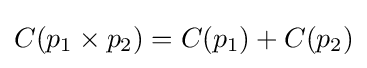
C(p_{1}\times p_{2})=C(p_{1})+C(p_{2})